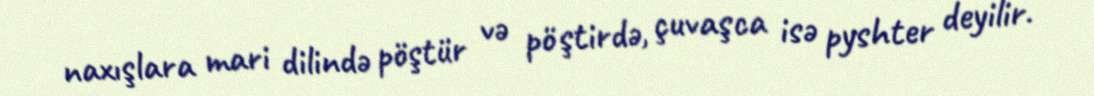
naxışlara mari dilində pöştür və pӧştirdə, çuvaşca isə pyshter deyilir.